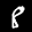
Label: 8